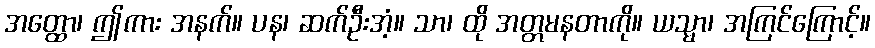
အတ္ထော၊ ဤကား အနက်။ ပန၊ ဆက်ဦးအံ့။ သာ၊ ထို အတ္တမနတာကို။ ယသ္မာ၊ အကြင်ကြောင့်။